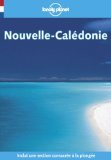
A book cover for Nouvelle-Caledonie (Lonely Planet Travel Guides French Edition); Guide Lonely Planet; Travel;